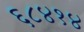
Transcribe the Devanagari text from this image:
६८४१४